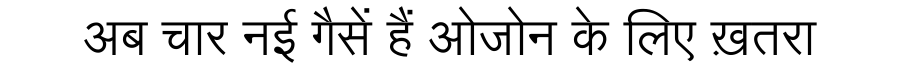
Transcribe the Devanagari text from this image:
अब चार नई गैसें हैं ओजोन के लिए ख़तरा